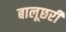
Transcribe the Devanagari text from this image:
बालूछरी